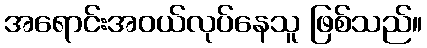
အရောင်းအဝယ်လုပ်နေသူ ဖြစ်သည်။